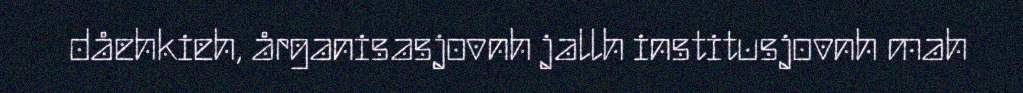
dåehkieh, årganisasjovnh jallh institusjovnh mah